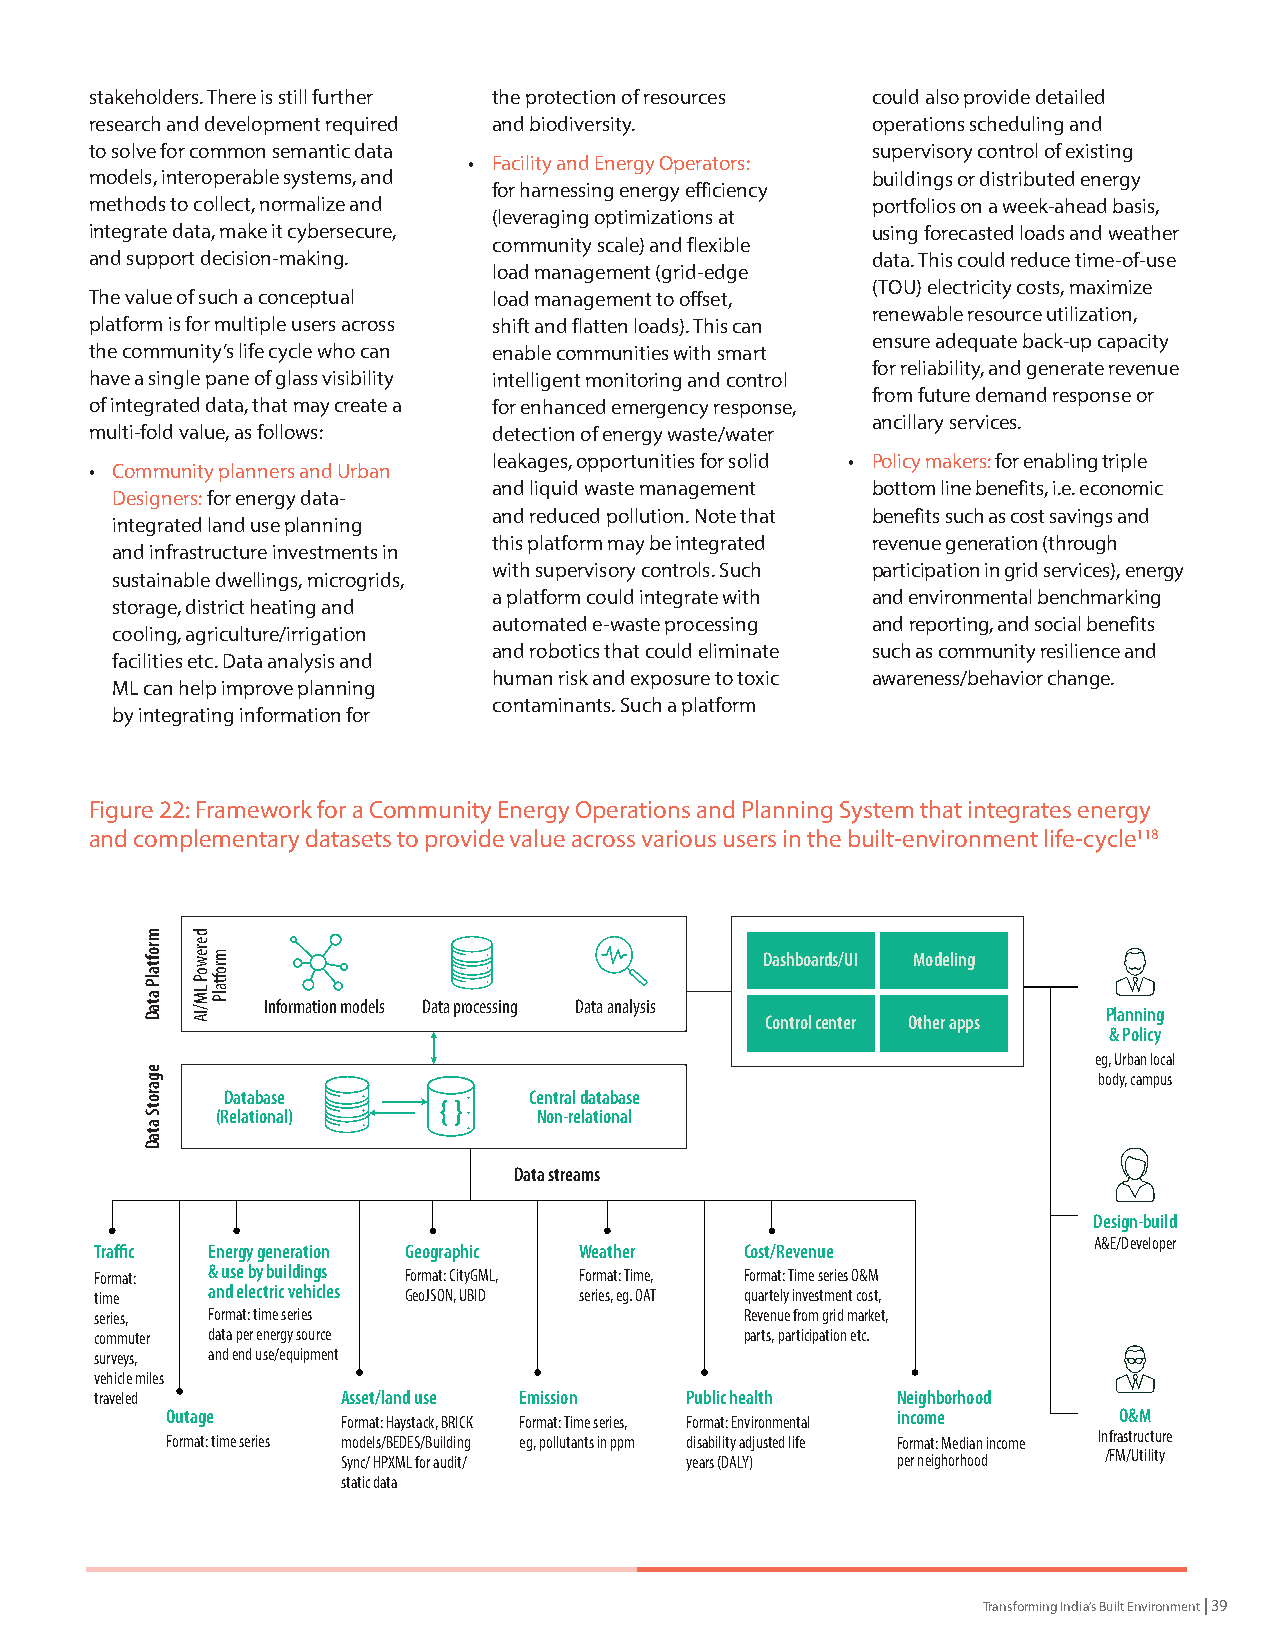
stakeholders. There is still further the protection of resources could also provide detailed
 research and development required and biodiversity. operations scheduling and
 to solve for common semantic data                   supervisory control of existing
 • Facility and Energy Operators:
 models, interoperable systems, and                  buildings or distributed energy
 for harnessing energy efficiency
 methods to collect, normalize and                   portfolios on a week-ahead basis,
 (leveraging optimizations at
 integrate data, make it cybersecure,                using forecasted loads and weather
 community scale) and flexible
 and support decision-making.                        data. This could reduce time-of-use
 load management (grid-edge
 (TOU) electricity costs, maximize
 The value of such a conceptual load management to offset,
 renewable resource utilization,
 platform is for multiple users across shift and flatten loads). This can
 ensure adequate back-up capacity
 the community’s life cycle who can enable communities with smart
 for reliability, and generate revenue
 have a single pane of glass visibility intelligent monitoring and control
 from future demand response or
 of integrated data, that may create a for enhanced emergency response,
 ancillary services.
 multi-fold value, as follows: detection of energy waste/water
 leakages, opportunities for solid • Policy makers: for enabling triple
 • Community planners and Urban
 and liquid waste management bottom line benefits, i.e. economic
 Designers: for energy data-
 and reduced pollution. Note that benefits such as cost savings and
 integrated land use planning
 this platform may be integrated revenue generation (through
 and infrastructure investments in
 with supervisory controls. Such participation in grid services), energy
 sustainable dwellings, microgrids,
 a platform could integrate with and environmental benchmarking
 storage, district heating and
 automated e-waste processing and reporting, and social benefits
 cooling, agriculture/irrigation
 and robotics that could eliminate such as community resilience and
 facilities etc. Data analysis and
 human risk and exposure to toxic awareness/behavior change.
 ML can help improve planning
 contaminants. Such a platform
 by integrating information for
 Figure 22: Framework for a Community Energy Operations and Planning System that integrates energy
 and complementary datasets to provide value across various users in the built-environment life-cycle118
 Dashboards/UI Modeling
 Information models Data processing Data analysis
 Planning
 Control center Other apps
 & Policy
 eg, Urban local
 body, campus
 Database            Central database
 (Relational)          Non-relational
 Data streams
 Design-build
 A&E/Developer
 Traffic Energy generation Geographic Weather Cost/Revenue
 Format: & use by buildings Format: CityGML, Format: Time, Format: Time series O&M
 time    and electric vehicles GeoJSON, UBID series, eg. OAT quartely investment cost,
 series, Format: time series                Revenue from grid market,
 commuter data per energy source            parts, participation etc.
 surveys, and end use/equipment
 vehicle miles
 traveled         Asset/land use Emission Public health Neighborhood
 Outage      Format: Haystack, BRICK Format: Time series, Format: Environmental income O&M
 Format: time series models/BEDES/Building eg, pollutants in ppm disability adjusted life Format: Median income Infrastructure
 Sync/ HPXML for audit/ years (DALY) per neighorhood /FM/Utility
 static data
 Transforming India’s Built Environment | 39
 mroftalP
 ataD
 egarotS
 ataD
 derewoP
 LM/IA
 mroftalP